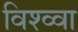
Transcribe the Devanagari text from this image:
विश्व्वा